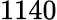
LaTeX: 1140